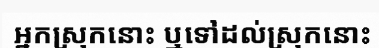
អ្នកស្រុកនោះ ឬទៅដល់ស្រុកនោះ